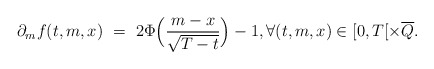
\begin{align*}\partial_m f(t,m,x) \ = \ 2\Phi\Big(\frac{m-x}{\sqrt{T-t}}\Big) - 1, \forall(t,m,x)\in[0,T[\times\overline Q.\end{align*}